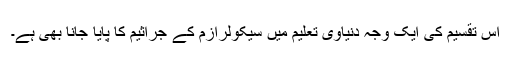
اس تقسیم کی ایک وجہ دنیاوی تعلیم میں سیکولرازم کے جراثیم کا پایا جانا بھی ہے۔